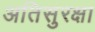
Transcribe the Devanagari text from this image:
अतिसुरक्षा